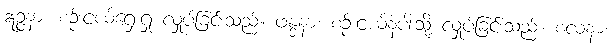
ဣဉ္ဇနာ၊ စဉ်းငယ်ရှေးရှု လှုပ်ခြင်းသည်။ ဖန္ဒနာ၊ စဉ်းငယ်နံပါးသို့ လှုပ်ခြင်းသည်။ စလနာ၊